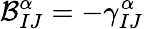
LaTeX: \mathcal{B}_{IJ}^{\alpha}=-\gamma_{IJ}^{\alpha}